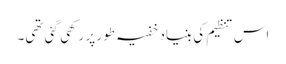
اس تنظیم کی بنیاد خفیہ طور پر رکھی گئی تھی۔